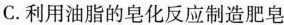
C.利用油脂的皂化反应制造肥皂